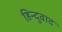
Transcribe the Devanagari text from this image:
हिन्दुवाद